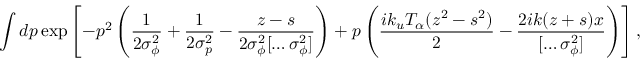
\int d p \exp \left[ - p ^ { 2 } \left( \frac { 1 } { 2 \sigma _ { \phi } ^ { 2 } } + \frac { 1 } { 2 \sigma _ { p } ^ { 2 } } - \frac { z - s } { 2 \sigma _ { \phi } ^ { 2 } [ \hdots \sigma _ { \phi } ^ { 2 } ] } \right) + p \left( \frac { i k _ { u } T _ { \alpha } ( z ^ { 2 } - s ^ { 2 } ) } { 2 } - \frac { 2 i k ( z + s ) x } { [ \hdots \sigma _ { \phi } ^ { 2 } ] } \right) \right] ,